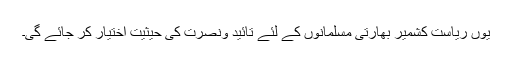
یوں ریاست کشمیر بھارتی مسلمانوں کے لئے تائید ونصرت کی حیثیت اختیار کر جائے گی۔